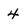
Character: 4